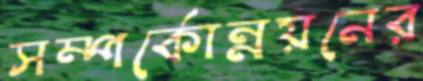
সম্পর্কোন্নয়নের